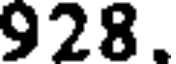
928.